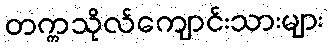
တက္ကသိုလ်ကျောင်းသားများ